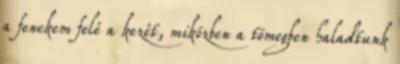
a fenekem felé a kezét, miközben a tömegben haladtunk